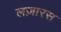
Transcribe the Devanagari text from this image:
लज़ारस